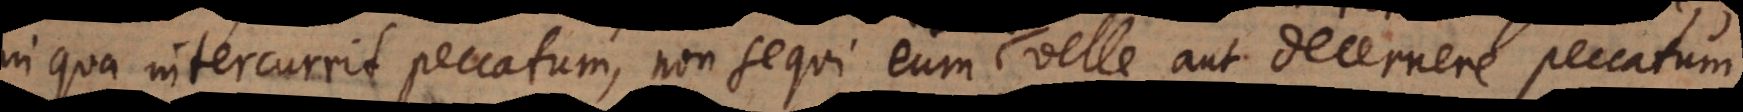
in qua intercurrit peccatum, non sequi eum velle aut decernere peccatum,